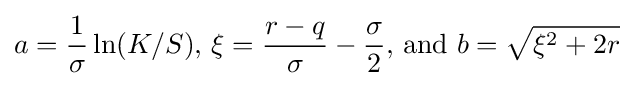
a={\frac {1}{\sigma }}\ln(K/S){\text{, }}\xi ={\frac {r-q}{\sigma }}-{\frac {\sigma }{2}}{\text{, and }}b={\sqrt {\xi ^{2}+2r}}